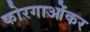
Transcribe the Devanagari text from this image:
कोरगाओंकर